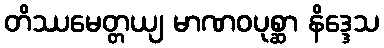
တိဿမေတ္တယျ မာဏဝပုစ္ဆာ နိဒ္ဒေသ